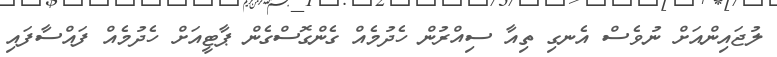
ލުޖައިންއަށް ނުވެސް އެނގި ތިއާ ސިއްރުން ހެދުމެއް ގެންގޮސްގެން ޕާޓީއަށް ހެދުމެއް ފައްސާފައި